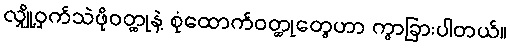
လျှို့ဝှက်သဲဖိုဝတ္ထုနဲ့ စုံထောက်ဝတ္ထုတွေဟာ ကွာခြားပါတယ်။